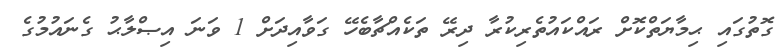
ގޮތުގައި ޙިމާޔަތްކޮށް ރައްކައުތެރިކުރާ ދިރޭ ތަކެއްޗާބެހޭ ގަވާއިދަށް 1 ވަނަ އިޞްލާޙު ގެނައުމުގެ